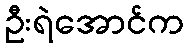
ဦးရဲအောင်က